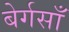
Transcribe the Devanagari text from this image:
बेर्गसाँ